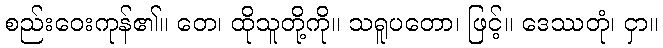
စည်းဝေးကုန်၏။ တေ၊ ထိုသူတို့ကို။ သရူပတော၊ ဖြင့်။ ဒေဿတုံ၊ ငှာ။